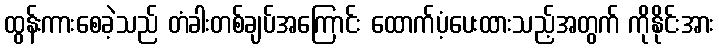
ထွန်းကားစေခဲ့သည် တံခါးတစ်ချပ်အကြောင်း ထောက်ပံ့ပေးထားသည့်အတွက် ကိုနိုင်းအား